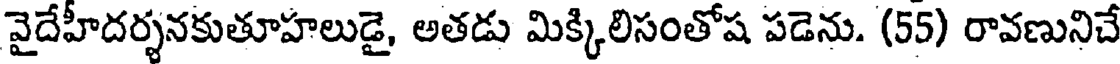
వైదేహీదర్శనకుతూహలుడై, అతడు మిక్కిలిసంతోష పడెను. (55) రావణునిచే